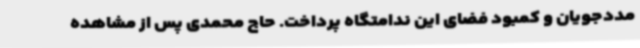
مددجویان و کمبود فضای این ندامتگاه پرداخت. حاج محمدی پس از مشاهده